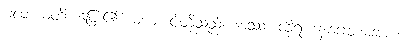
ပလာယတိ၊ ပြေး၏။ မယံ၊ ငါတို့သည်။ အဿ၊ ထိုရဟန်းဂေါတမအား။